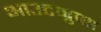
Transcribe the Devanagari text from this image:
आउटग्रुप्स